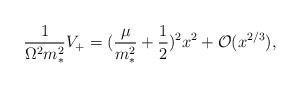
LaTeX: \begin{align*}\frac{1}{\Omega^{2}m_{*}^{2}} V_{+} = (\frac{\mu}{m_{*}^{2}}+\frac{1}{2})^{2} x^{2}+ {\cal O}(x ^{2/3}),\end{align*}